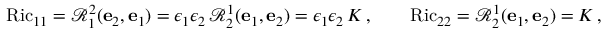
\operatorname { R i c } _ { 1 1 } = \mathcal { R } ^ { 2 } _ { 1 } ( \mathbf { e } _ { 2 } , \mathbf { e } _ { 1 } ) = \epsilon _ { 1 } \epsilon _ { 2 } \, \mathcal { R } ^ { 1 } _ { 2 } ( \mathbf { e } _ { 1 } , \mathbf { e } _ { 2 } ) = \epsilon _ { 1 } \epsilon _ { 2 } \, K \, , \qquad \operatorname { R i c } _ { 2 2 } = \mathcal { R } ^ { 1 } _ { 2 } ( \mathbf { e } _ { 1 } , \mathbf { e } _ { 2 } ) = K \, ,